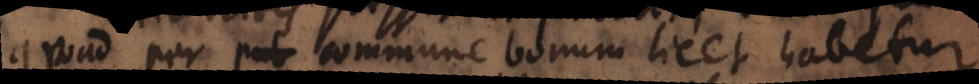
ad per commune bonum licet habetur